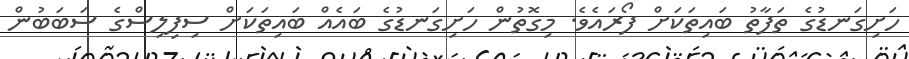
ހަށިގަނޑުގެ ތަފާތު ބައިތަކަށް ފޯރައެވެ. މިގޮތުން ހަށިގަނޑުގެ ބައެއް ބައިތަކަށް ސިފިލިސްގެ ސަބަބުން